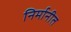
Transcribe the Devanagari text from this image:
निर्मानीत